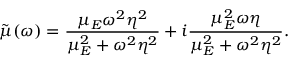
\tilde { \mu } ( \omega ) = \frac { \mu _ { E } \omega ^ { 2 } \eta ^ { 2 } } { \mu _ { E } ^ { 2 } + \omega ^ { 2 } \eta ^ { 2 } } + i \frac { \mu _ { E } ^ { 2 } \omega \eta } { \mu _ { E } ^ { 2 } + \omega ^ { 2 } \eta ^ { 2 } } .